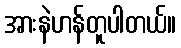
အားနဲဟန်တူပါတယ်။